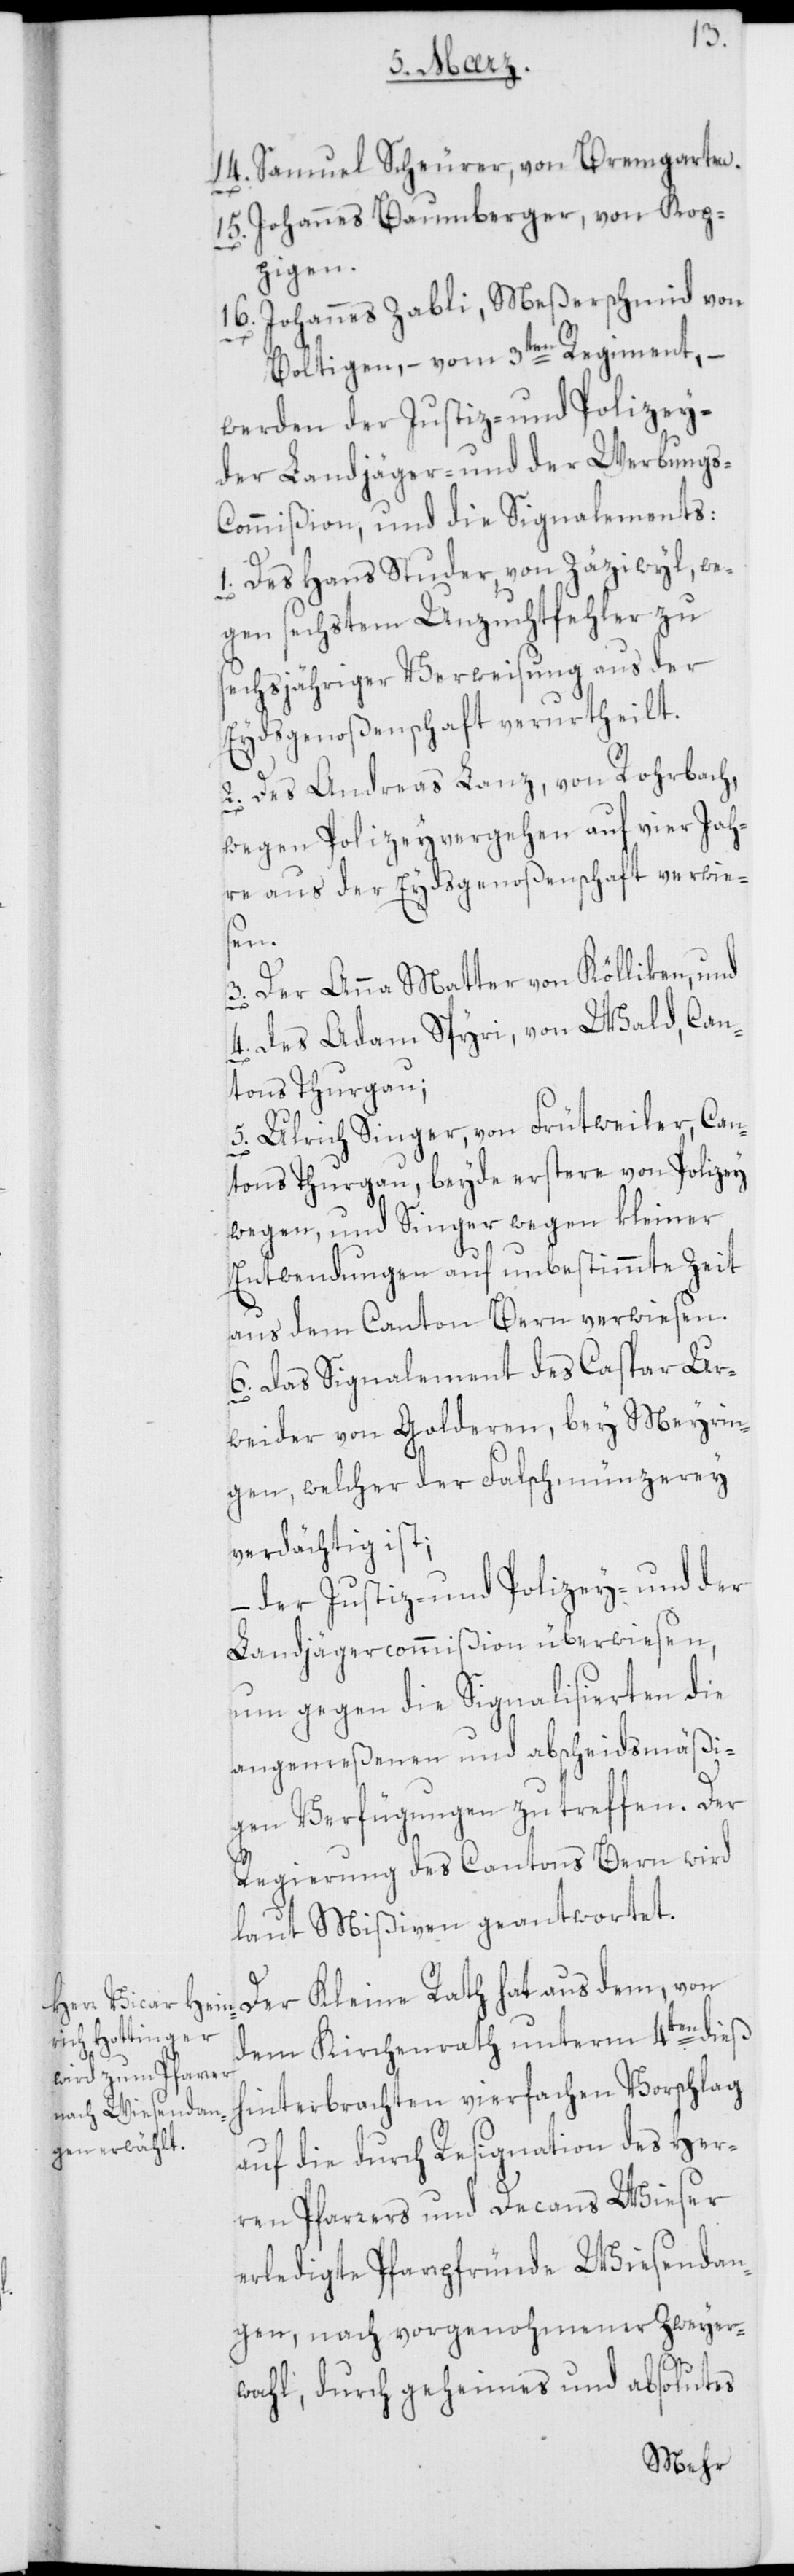
15.
[“] Samuel Scheurer, von Bremgarten.
[“] Johannes Baumberger, von Kop¬
pigen.
[“] Johannes Zabli, Meßerschmid von
Boltigen, – vom 3ten Regiment, –
werden der Justiz- und Polizey-[,]
der Landjäger- und der Werbungs-C¬
ommißion, und die Signalements:
1. Des Hans Studer, von Zäziwyl, we¬
gen sechstem Unzuchtfehler zu
sechsjähriger Verweisung aus der
Eydsgenoßenschaft verurtheilt.
2. Des Andreas Lanz, von Rohrbach,
wegen Polizeyvergehen auf vier Jah¬
re aus der Eydsgenoßenschaft verwie¬
sen.
3.
Der Anna Matter von Kölliken, und
4. Des Adam Spyri, von Wald, Can¬
tons Thurgau;
5. Ulrich Singer, von Frütweiler, Can¬
tons Thurgau, beyde erstere von Polizey
wegen, und Singer wegen kleiner
Entwendungen, auf unbestimmte Zeit
aus dem Canton Bern verwiesen.
6. Das Signalement des Caspar Ur¬
weider von Golderen bey Meyrin¬
gen, welcher der Falschmünzerey
verdächtig ist;
– der Justiz- und Polizey- und der
Landjägercommißion überwiesen,
um gegen die Signalisierten die
angemeßenen und abscheidsmäßi¬
gen Verfügungen zu treffen. Der
Regierung des Cantons Bern wird
laut Mißiven geantwortet.
Der Kleine Rath hat aus dem, von
dem Kirchenrath unterm 4ten dieß
hinterbrachten vierfachen Vorschlag
auf die durch Resignation des Her¬
ren Pfarrers und Decans Wieser
erledigte Pfarrpfründe Wiesendan¬
gen, nach vorgenohmener Zweyer¬
wahl, durch geheimes und absolutes